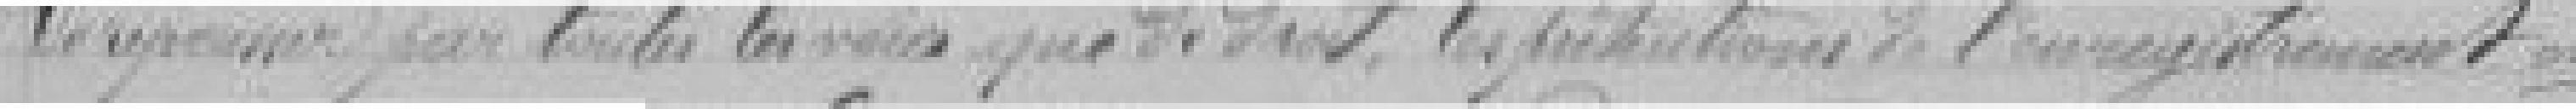
de repousser  par toutes les voies que de droit, les prétentions de l'enregistrement et